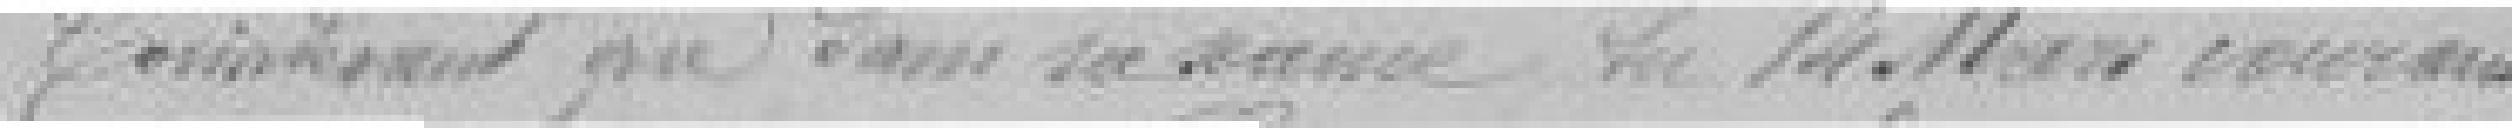
Considérant que dans sa séance du 14 Mars courant